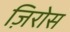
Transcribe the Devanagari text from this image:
ज़िरोस